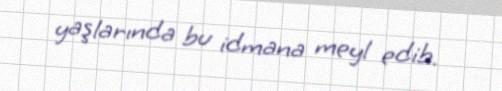
yaşlarında bu idmana meyl edib.